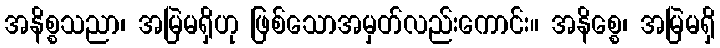
အနိစ္စသညာ၊ အမြဲမရှိဟု ဖြစ်သောအမှတ်လည်းကောင်း။ အနိစ္စေ၊ အမြဲမရှိ